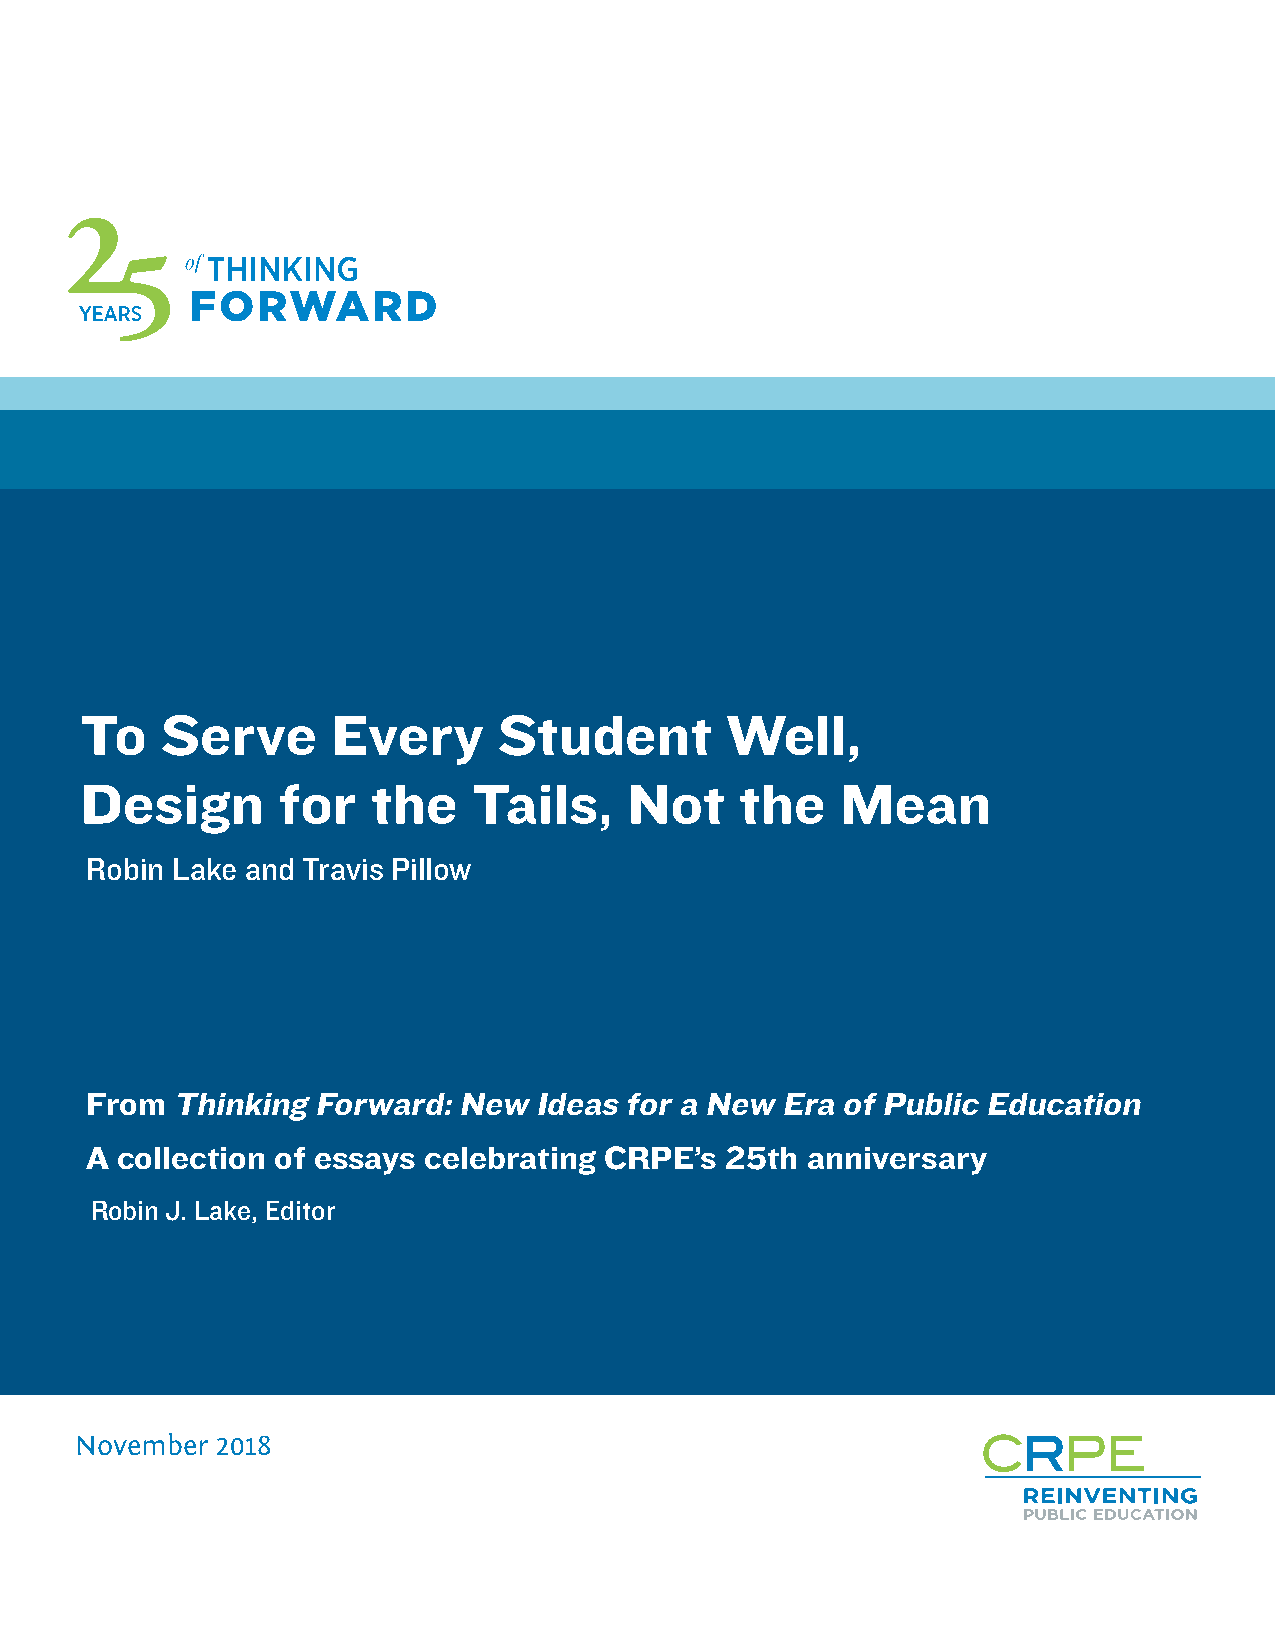
To    Serve      Every      Student        Well,
 Design       for    the   Tails,     Not    the    Mean
 Robin Lake and Travis Pillow
 From Thinking  Forward: New  Ideas for a New  Era of Public Education
 A collection of essays celebrating CRPE’s 25th anniversary
 Robin J. Lake, Editor
 November 2018